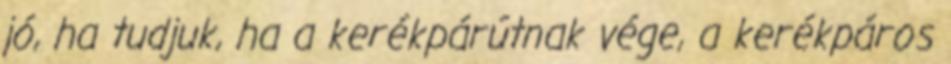
jó, ha tudjuk, ha a kerékpárútnak vége, a kerékpáros